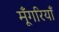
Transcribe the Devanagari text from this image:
मूँगरियाँ